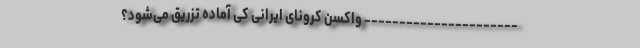
---------------------- واکسن کرونای ایرانی کی آماده تزریق می‌شود؟